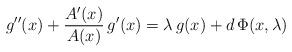
LaTeX: \begin{align*}g''(x)+\frac{A'(x)}{A(x)} \,g'(x)=\lambda\,g(x)+d\,\Phi(x,\lambda)\end{align*}